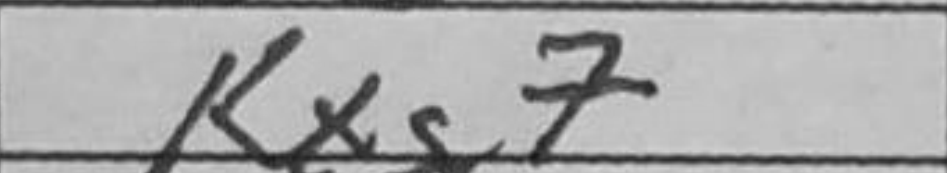
Transcription: Kxg7